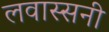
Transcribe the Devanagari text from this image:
लवास्सनी